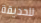
للحديقة